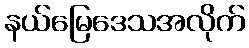
နယ်မြေဒေသအလိုက်